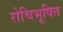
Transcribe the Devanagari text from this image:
रोचिभूषित